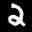
Label: 2